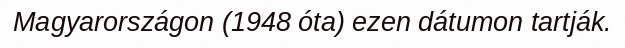
Magyarországon (1948 óta) ezen dátumon tartják.